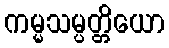
ကမ္မသမ္ပတ္တိယော